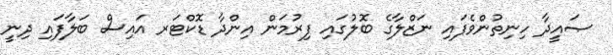
ޞައީދާ ހިނިތުންވެފައި ނަޒްލާގެ ބޮލުގައި ފިރުމަން އިންދާ ޑޮކްޓަރ އައިސް ބަލާފައި ދިނީ